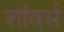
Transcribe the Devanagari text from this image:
शॉवर्स